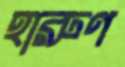
হারুণ